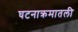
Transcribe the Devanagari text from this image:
घटनाक्रमातली